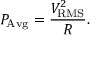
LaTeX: P _ { \mathrm { A v g } } = { \frac { V _ { \mathrm { R M S } } ^ { 2 } } { R } } .